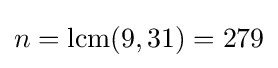
n={\text{lcm}}(9,31)=279